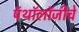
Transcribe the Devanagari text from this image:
पॅथॉलॉजीचे